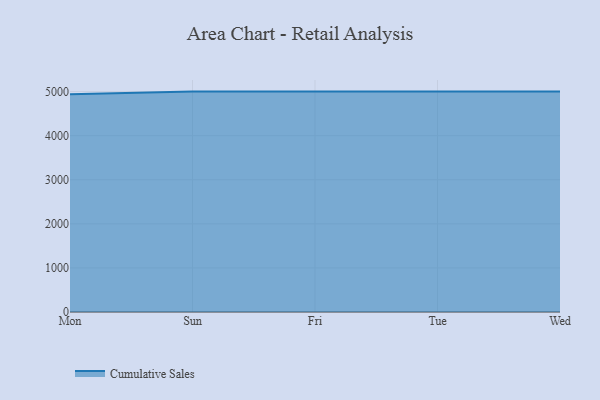
{"axis": {"x": "Day", "y": "Waste Production (Tons)"}, "legend": ["Cumulative Sales"], "data": [{"x": "Mon", "y": 4939.8, "type": "Cumulative Sales"}, {"x": "Sun", "y": 5000, "type": "Cumulative Sales"}, {"x": "Fri", "y": 5000, "type": "Cumulative Sales"}, {"x": "Tue", "y": 5000, "type": "Cumulative Sales"}, {"x": "Wed", "y": 5000, "type": "Cumulative Sales"}]}